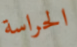
الحراسة